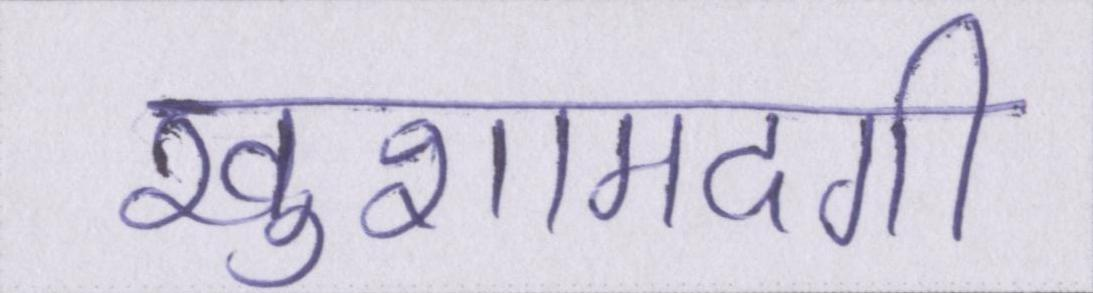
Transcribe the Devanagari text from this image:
खुशामदगी